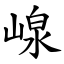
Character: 㟫